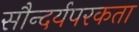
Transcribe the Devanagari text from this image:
सौन्दर्यपरकता